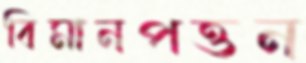
বিমানপত্তন